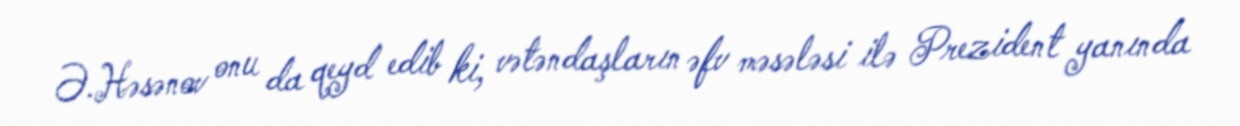
Ə.Həsənov onu da qeyd edib ki, vətəndaşların əfv məsələsi ilə Prezident yanında